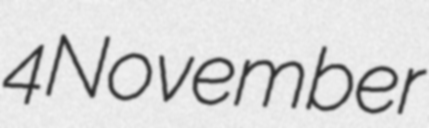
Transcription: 4 November